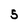
Character: 5